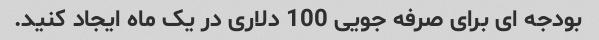
بودجه ای برای صرفه جویی 100 دلاری در یک ماه ایجاد کنید.